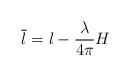
LaTeX: \begin{align*}\overline{l} = l - {\lambda \over 4 \pi } H\end{align*}